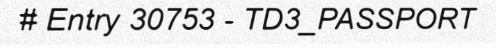
# Entry 30753 - TD3_PASSPORT